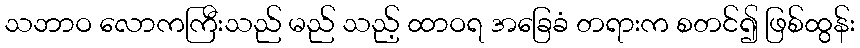
သဘာဝ လောကကြီးသည် မည် သည့် ထာဝရ အခြေခံ တရားက စတင်၍ ဖြစ်ထွန်း